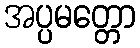
အပ္ပမတ္တော